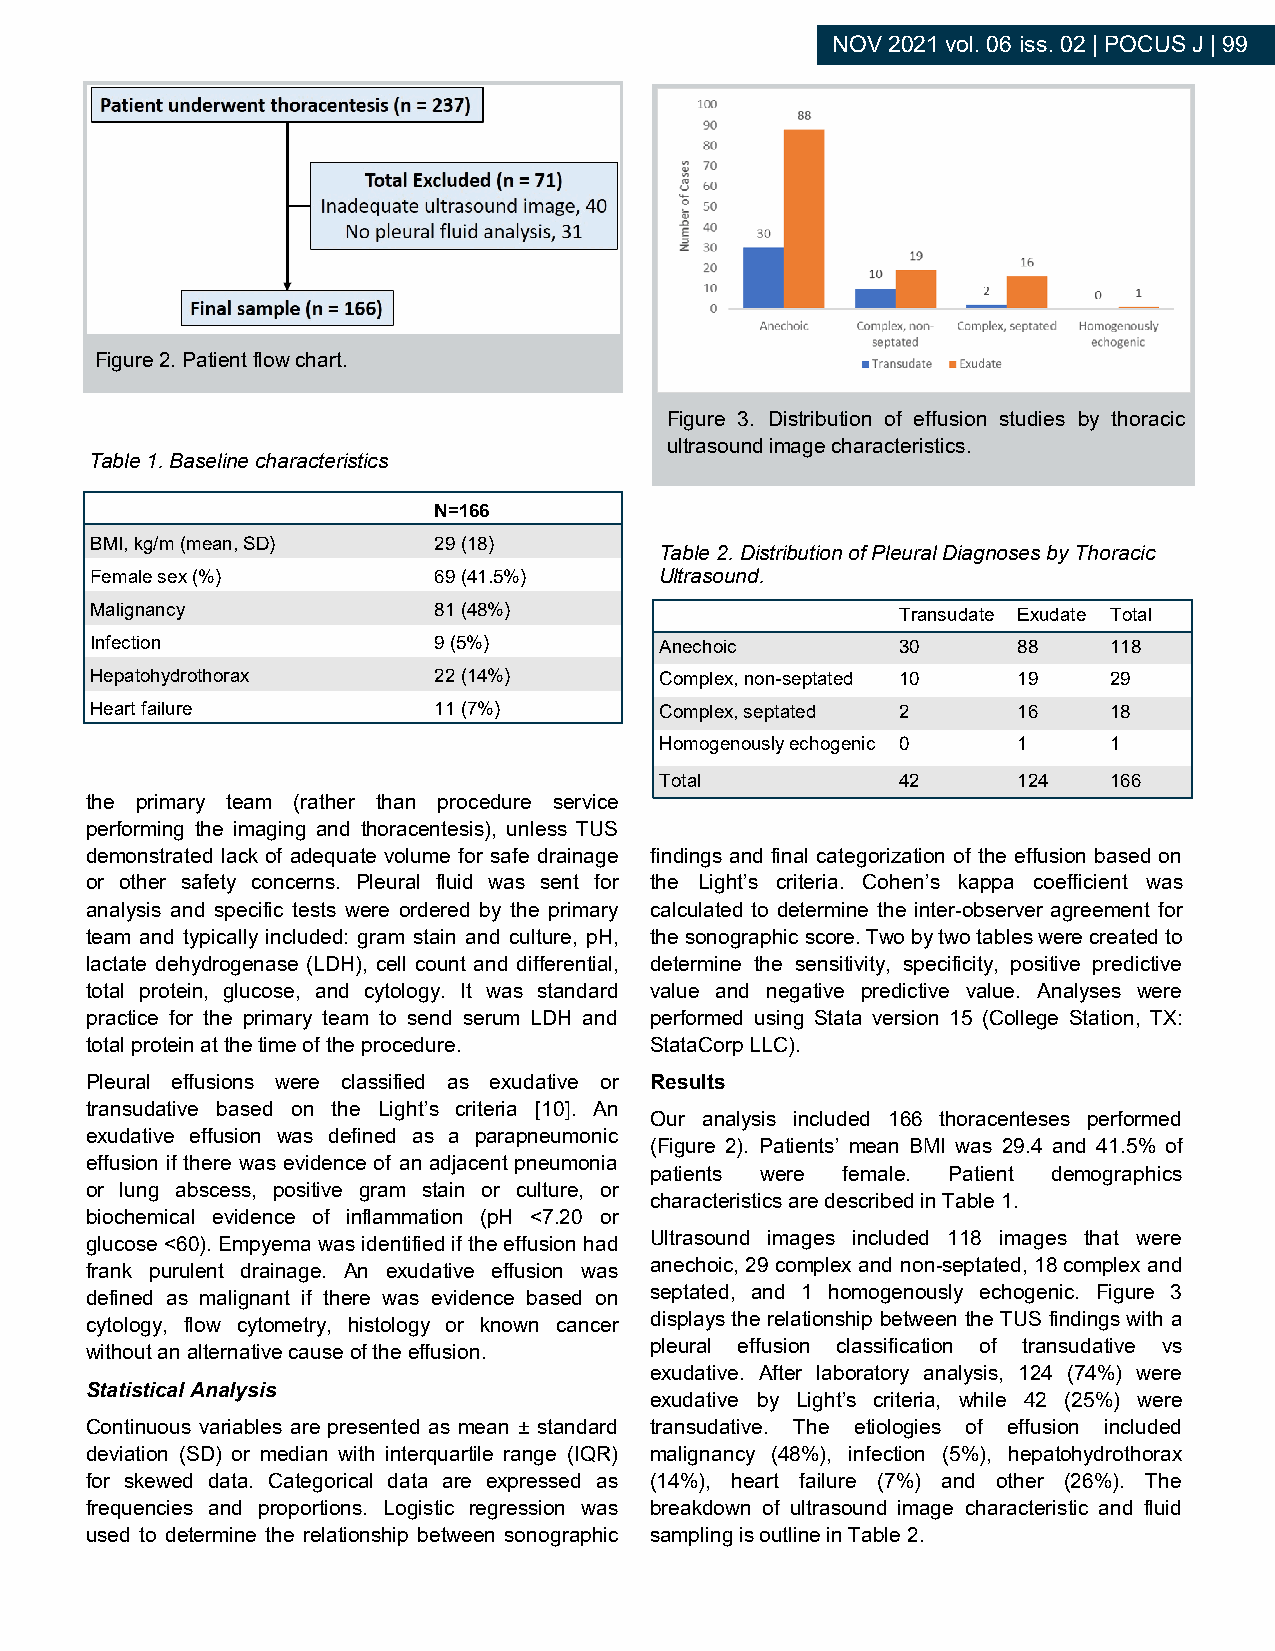
NOV 2021 vol. 06 iss. 02 | POCUS J | 99
 Figure 2. Patient flow chart.
 Figure 3. Distribution of effusion studies by thoracic
 ultrasound image characteristics.
 Table 1. Baseline characteristics
 N=166
 BMI, kg/m (mean, SD)   29 (18)
 Table 2. Distribution of Pleural Diagnoses by Thoracic
 Female sex (%)         69 (41.5%)     Ultrasound.
 Malignancy             81 (48%)                       Transudate Exudate Total
 Infection              9 (5%)         Anechoic        30     88    118
 Hepatohydrothorax      22 (14%)       Complex, non-septated 10 19  29
 Heart failure          11 (7%)        Complex, septated 2    16    18
 Homogenously echogenic 0 1   1
 Total           42     124   166
 the primary team (rather than procedure service
 performing the imaging and thoracentesis), unless TUS
 demonstrated lack of adequate volume for safe drainage findings and final categorization of the effusion based on
 or other safety concerns. Pleural fluid was sent for the Light’s criteria. Cohen’s kappa coefficient was
 analysis and specific tests were ordered by the primary calculated to determine the inter-observer agreement for
 team and typically included: gram stain and culture, pH, the sonographic score. Two by two tables were created to
 lactate dehydrogenase (LDH), cell count and differential, determine the sensitivity, specificity, positive predictive
 total protein, glucose, and cytology. It was standard value and negative predictive value. Analyses were
 practice for the primary team to send serum LDH and performed using Stata version 15 (College Station, TX:
 total protein at the time of the procedure. StataCorp LLC).
 Pleural effusions were classified as exudative or Results
 transudative based on the Light’s criteria [10]. An
 Our analysis included 166 thoracenteses performed
 exudative effusion was defined as a parapneumonic
 (Figure 2). Patients’ mean BMI was 29.4 and 41.5% of
 effusion if there was evidence of an adjacent pneumonia
 patients were female. Patient demographics
 or lung abscess, positive gram stain or culture, or
 characteristics are described in Table 1.
 biochemical evidence of inflammation (pH <7.20 or
 glucose <60). Empyema was identified if the effusion had Ultrasound images included 118 images that were
 frank purulent drainage. An exudative effusion was anechoic, 29 complex and non-septated, 18 complex and
 defined as malignant if there was evidence based on septated, and 1 homogenously echogenic. Figure 3
 cytology, flow cytometry, histology or known cancer displays the relationship between the TUS findings with a
 without an alternative cause of the effusion. pleural effusion classification of transudative vs
 exudative. After laboratory analysis, 124 (74%) were
 Statistical Analysis
 exudative by Light’s criteria, while 42 (25%) were
 Continuous variables are presented as mean ± standard transudative. The etiologies of effusion included
 deviation (SD) or median with interquartile range (IQR) malignancy (48%), infection (5%), hepatohydrothorax
 for skewed data. Categorical data are expressed as (14%), heart failure (7%) and other (26%). The
 frequencies and proportions. Logistic regression was breakdown of ultrasound image characteristic and fluid
 used to determine the relationship between sonographic sampling is outline in Table 2.